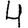
Digit: 4